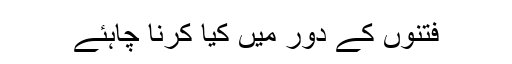
فتنوں کے دور میں کیا کرنا چاہئے